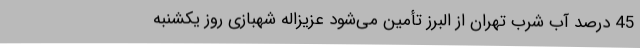
45 درصد آب شرب تهران از البرز تأمین می‌شود عزیزاله شهبازی روز یکشنبه